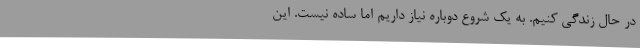
در حال زندگی کنیم. به یک شروع دوباره نیاز داریم اما ساده نیست. این